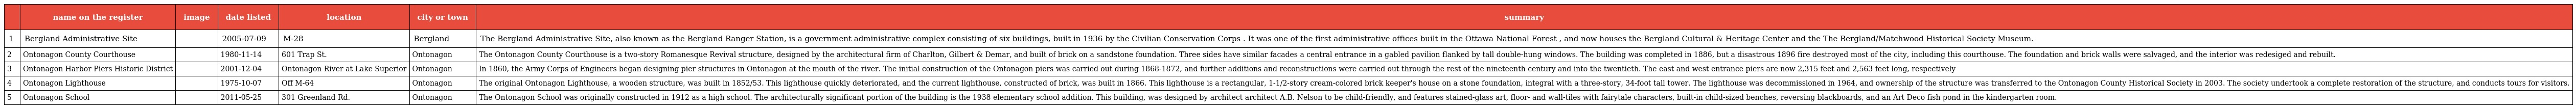
|  | name on the register | image | date listed | location | city or town | summary |
 | --- | --- | --- | --- | --- | --- | --- |
 | 1 | Bergland Administrative Site |  | 2005-07-09 | M-28 | Bergland | The Bergland Administrative Site, also known as the Bergland Ranger Station, is a government administrative complex consisting of six buildings, built in 1936 by the Civilian Conservation Corps . It was one of the first administrative offices built in the Ottawa National Forest , and now houses the Bergland Cultural & Heritage Center and the The Bergland/Matchwood Historical Society Museum. |
 | 2 | Ontonagon County Courthouse |  | 1980-11-14 | 601 Trap St. | Ontonagon | The Ontonagon County Courthouse is a two-story Romanesque Revival structure, designed by the architectural firm of Charlton, Gilbert & Demar, and built of brick on a sandstone foundation. Three sides have similar facades a central entrance in a gabled pavilion flanked by tall double-hung windows. The building was completed in 1886, but a disastrous 1896 fire destroyed most of the city, including this courthouse. The foundation and brick walls were salvaged, and the interior was redesiged and rebuilt. |
 | 3 | Ontonagon Harbor Piers Historic District |  | 2001-12-04 | Ontonagon River at Lake Superior | Ontonagon | In 1860, the Army Corps of Engineers began designing pier structures in Ontonagon at the mouth of the river. The initial construction of the Ontonagon piers was carried out during 1868-1872, and further additions and reconstructions were carried out through the rest of the nineteenth century and into the twentieth. The east and west entrance piers are now 2,315 feet and 2,563 feet long, respectively |
 | 4 | Ontonagon Lighthouse |  | 1975-10-07 | Off M-64 | Ontonagon | The original Ontonagon Lighthouse, a wooden structure, was built in 1852/53. This lighthouse quickly deteriorated, and the current lighthouse, constructed of brick, was built in 1866. This lighthouse is a rectangular, 1-1/2-story cream-colored brick keeper's house on a stone foundation, integral with a three-story, 34-foot tall tower. The lighthouse was decommissioned in 1964, and ownership of the structure was transferred to the Ontonagon County Historical Society in 2003. The society undertook a complete restoration of the structure, and conducts tours for visitors. |
 | 5 | Ontonagon School |  | 2011-05-25 | 301 Greenland Rd. | Ontonagon | The Ontonagon School was originally constructed in 1912 as a high school. The architecturally significant portion of the building is the 1938 elementary school addition. This building, was designed by architect architect A.B. Nelson to be child-friendly, and features stained-glass art, floor- and wall-tiles with fairytale characters, built-in child-sized benches, reversing blackboards, and an Art Deco fish pond in the kindergarten room. |